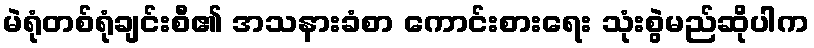
မဲရုံတစ်ရုံချင်းစီ၏ အသနားခံစာ ကောင်းစားရေး သုံးစွဲမည်ဆိုပါက